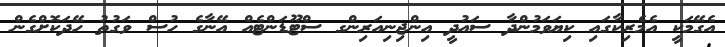
އެގޭމަކީ އެމެރިކާގައި ކިޔަވަމުންދާ ސައުދީ އިންޖިނިއަރިންގ ސްޓޫޑަންޓެއް އޭނާގެ ހުސް ވަގުތު ހޭދަކޮށްގެން